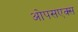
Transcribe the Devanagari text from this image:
ओपसएक्स